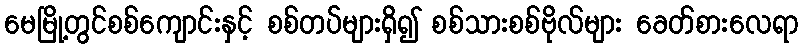
မေမြို့တွင်စစ်ကျောင်းနှင့် စစ်တပ်များရှိ၍ စစ်သားစစ်ဗိုလ်များ ခေတ်စားလေရာ